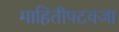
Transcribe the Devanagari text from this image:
माहितीपटवजा